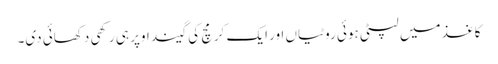
کاغذ میں لپٹی ہوئی روٹیاں اور ایک کرمچ کی گیند اوپر ہی رکھی دکھائی دی۔